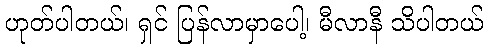
ဟုတ်ပါတယ်၊ ရှင် ပြန်လာမှာပေါ့၊ မီလာနီ သိပါတယ်